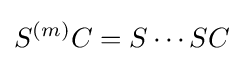
S^{(m)}C=S\cdots SC